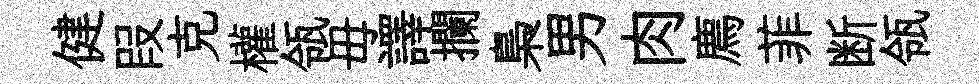
健叚克權瓴毋譯攔梟男肉廌菲断瓴